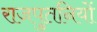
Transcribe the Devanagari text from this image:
राजपुतनियों